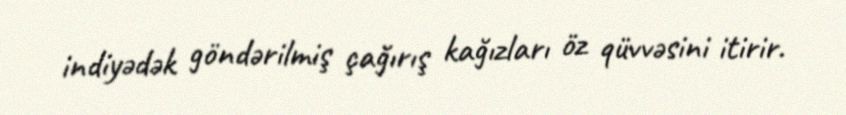
indiyədək göndərilmiş çağırış kağızları öz qüvvəsini itirir.